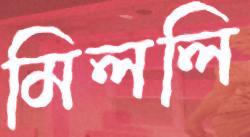
মিললি